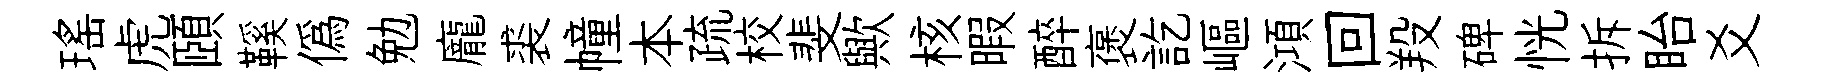
瑶虎頤鞵僞勉龐裘幢本疏校斐歟核暇醉褒訖嶇澒回羖碑恍拆眙爻